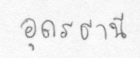
อุดรธานี